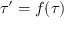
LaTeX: \tau ^ { \prime } = f ( \tau )